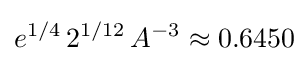
e^{1/4}\,2^{1/12}\,A^{-3}\approx 0.6450